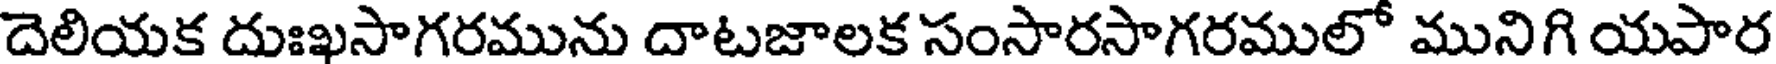
దెలియక దుఃఖసాగరమును దాటజాలక సంసారసాగరములో మునిగి యపార